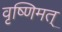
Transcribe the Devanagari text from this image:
वृष्णिमत्